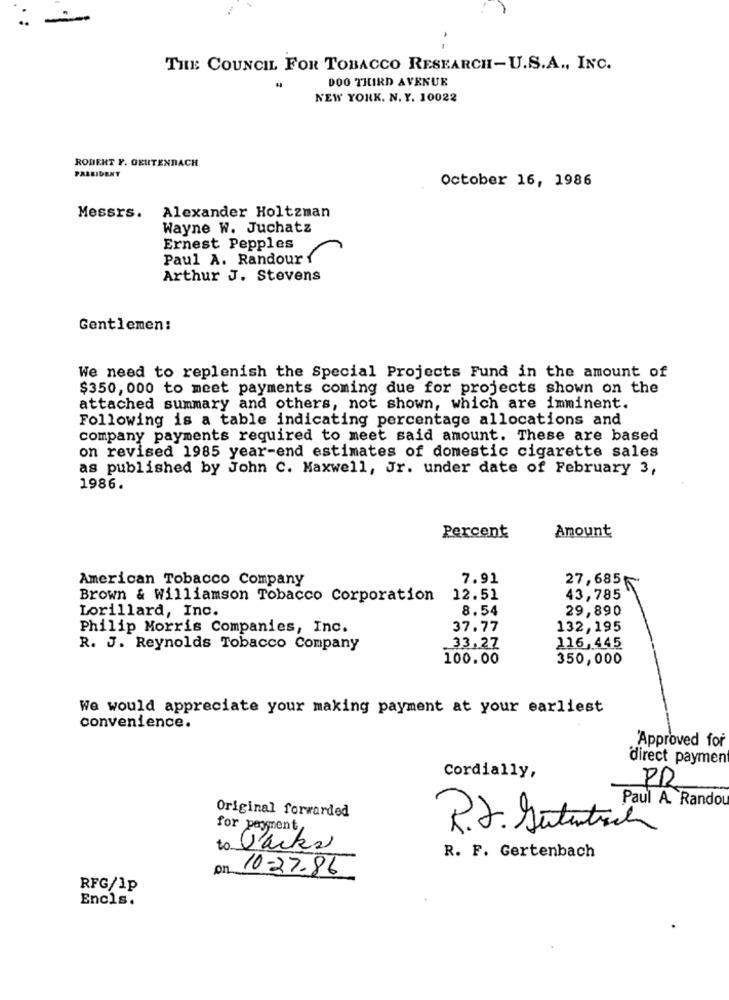
THE COUNCIL FOR TOBACCO RESEARCH-U.S.A ., INC.
DOO THIRD AVENUE
NEW YORK. N. Y. 10022
RODENT Y. GEHTENDACH
FALLIDENT
October 16, 1986
Messrs. Alexander Holtzman
Wayne W. Juchatz
Ernest Pepples
Paul A. Randour ?
Arthur J. Stevens
Gentlemen:
We need to replenish the Special Projects Fund in the amount of
$350, 000 to meet payments coming due for projects shown on the
attached summary and others, not shown, which are imminent.
Following is a table indicating percentage allocations and
company payments required to meet said amount. These are based
on revised 1985 year-end estimates of domestic cigarette sales
as published by John C. Maxwell, Jr. under date of February 3,
1986.
Amount
Percent
American Tobacco Company
7.91
27,685
Brown & Williamson Tobacco Corporation
12.51
43,785
Lorillard, Inc.
8.54
29,890
Philip Morris Companies, Inc.
37.77
132,195
R. J. Reynolds Tobacco Company
33,27
116,445
100.00
350,000
We would appreciate your making payment at your earliest
convenience.
'Approved for
direct paymen
Cordially,
PR
Original forwarded
Paul A. Rando
for payment
R. J. Autantich
to Jacks
R. F. Gertenbach
on
10-27-86
RFG/1p
Encls.